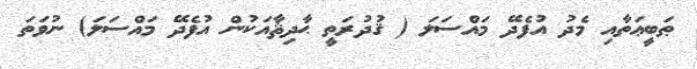
ޠަބީޢަތާއި މެދު އުފެދޭ މައްސަލަ ( ޤުދުރަތީ ޙާދިޘާއަކުން އުފެދޭ މައްސަލަ) ނުވަތަ